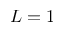
L = 1